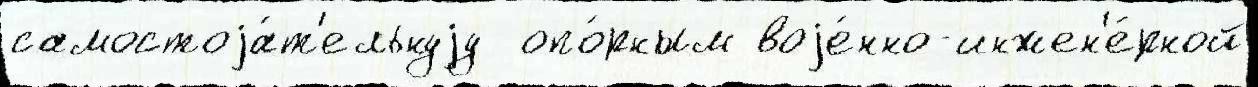
самостоjа́т'ельнуjу  опо́рным воjе́нно-инжен'е́рной